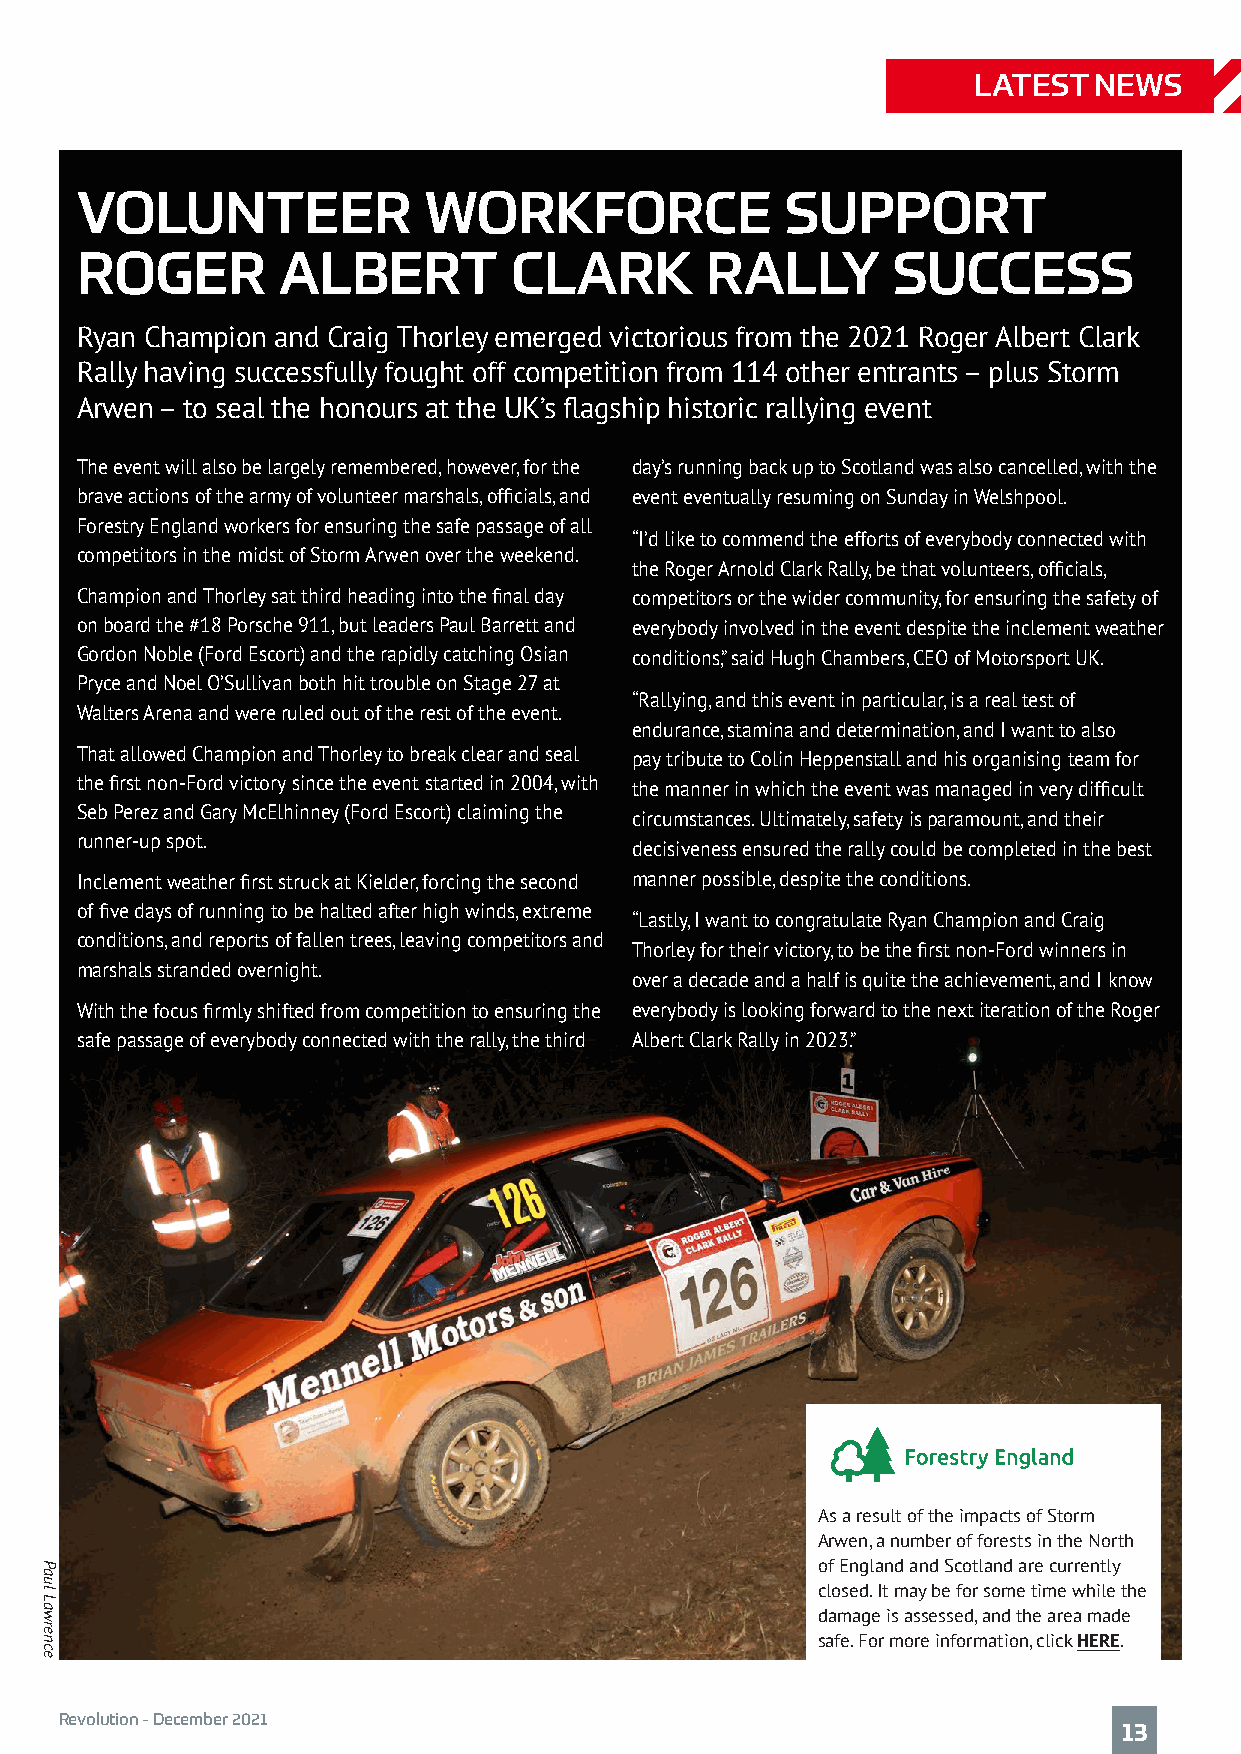
LATEST  NEWS
 Exclusive
 Member Discount
 VOLUNTEER              WORKFORCE               SUPPORT
 20% off Garmin
 Catalyst with code
 ROGER        ALBERT          CLARK        RALLY       SUCCESS
 'MOTORSPORTUK20'
 Ryan Champion and Craig Thorley emerged victorious from the 2021 Roger Albert Clark
 Rally having successfully fought off competition from 114 other entrants – plus Storm
 Arwen – to seal the honours at the UK’s flagship historic rallying event
 The event will also be largely remembered, however, for the day’s running back up to Scotland was also cancelled, with the
 brave actions of the army of volunteer marshals, officials, and event eventually resuming on Sunday in Welshpool.
 Forestry England workers for ensuring the safe passage of all
 “I’d like to commend the efforts of everybody connected with
 competitors in the midst of Storm Arwen over the weekend.
 the Roger Arnold Clark Rally, be that volunteers, officials,
 Champion and Thorley sat third heading into the final day competitors or the wider community, for ensuring the safety of
 on board the #18 Porsche 911, but leaders Paul Barrett and everybody involved in the event despite the inclement weather
 Gordon Noble (Ford Escort) and the rapidly catching Osian conditions,” said Hugh Chambers, CEO of Motorsport UK.
 Pryce and Noel O’Sullivan both hit trouble on Stage 27 at
 “Rallying, and this event in particular, is a real test of
 Walters Arena and were ruled out of the rest of the event.
 endurance, stamina and determination, and I want to also
 That allowed Champion and Thorley to break clear and seal pay tribute to Colin Heppenstall and his organising team for
 the first non-Ford victory since the event started in 2004, with
 the manner in which the event was managed in very difficult
 Seb Perez and Gary McElhinney (Ford Escort) claiming the
 circumstances. Ultimately, safety is paramount, and their
 runner-up spot.
 decisiveness ensured the rally could be completed in the best
 Inclement weather first struck at Kielder, forcing the second manner possible, despite the conditions.
 of five days of running to be halted after high winds, extreme
 “Lastly, I want to congratulate Ryan Champion and Craig
 conditions, and reports of fallen trees, leaving competitors and
 Thorley for their victory, to be the first non-Ford winners in
 marshals stranded overnight.
 over a decade and a half is quite the achievement, and I know
 With the focus firmly shifted from competition to ensuring the everybody is looking forward to the next iteration of the Roger
 safe passage of everybody connected with the rally, the third Albert Clark Rally in 2023.”
 As a result of the impacts of Storm
 Arwen, a number of forests in the North
 GARMIN CATALYST™                                      of England and Scotland are currently
 closed. It may be for some time while the
 DRIVING PERFORMANCE OPTIMISER THAT SHOWS THE TRUE OPTIMAL LAP™ YOU CAN ACTUALLY DRIVE. damage is assessed, and the area made
 safe. For more information, click HERE.
 Garmin.com/Catalyst Warning: This device is intended only for recreational use in a circuit environment. Never use this device on public
 roadways. ©2021 Garmin Ltd. or its subsidiaries.
 T&Cs Apply – One product per transaction. Offer valid from 1st September 2021 – 31st March 2022. Discount only applies to Garmin Catalyst and valid only via www.Garmin.com. Open to UK customers Revolution - December 2021 13
 Paul
 Lawrence